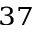
^ { 3 7 }